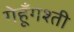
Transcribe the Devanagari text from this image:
गेहूँगश्ती